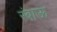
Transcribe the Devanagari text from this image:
रंबाऊ